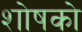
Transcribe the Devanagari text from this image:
शोषको